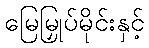
မြေမြှုပ်မိုင်းနှင့်